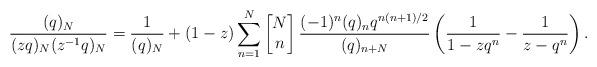
LaTeX: \begin{align*}\frac{(q)_{N}}{(zq)_{N}(z^{-1}q)_{N}}=\frac{1}{(q)_N}+(1-z)\sum_{n=1}^{N}\left[\begin{matrix} N \\ n \end{matrix}\right]\frac{(-1)^n(q)_nq^{n(n+1)/2}}{(q)_{n+N}}\left(\frac{1}{1-zq^n}-\frac{1}{z-q^n}\right).\end{align*}